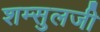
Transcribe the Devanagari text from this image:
शम्सुलजी